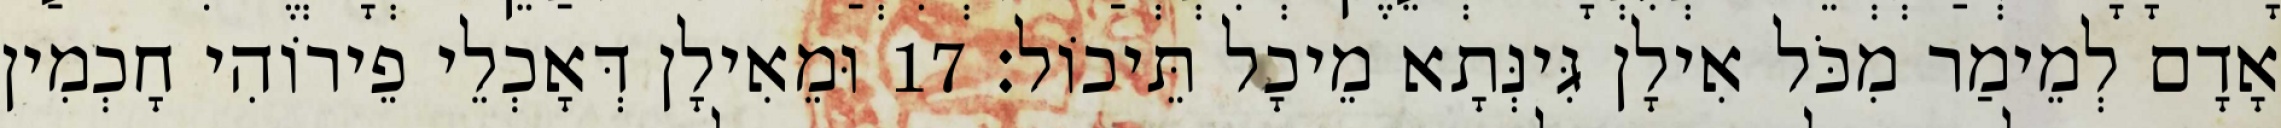
אָדָם לְמֵימַר מִכֹּל אִילָן גִּינְּתָא מֵיכָל תֵּיכוֹל׃ 17 וּמֵאִילָן דְּאָכְלֵי פֵירוֹהִי חָכְמִין